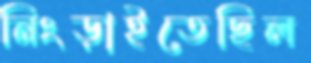
নিংড়াইতেছিল